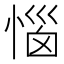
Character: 惱